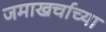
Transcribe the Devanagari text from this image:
जमाखर्चाच्या